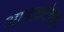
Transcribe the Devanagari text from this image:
आडवाटेच्या